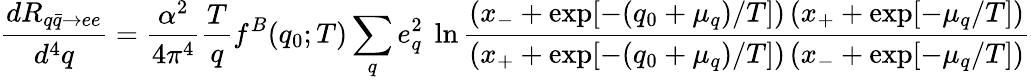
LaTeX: \frac{dR_{q\bar{q}\to ee}}{d^{4}q}=\frac{\alpha^{2}}{4\pi^{4}}\frac{T}{q}f^{B}(q_{0};T)\sum_{q}e_{q}^{2}\ \ln\frac{\left(x_{-}+\exp[-(q_{0}+\mu_{q})/T]\right)\left(x_{+}+\exp[-\mu_{q}/T]\right)}{\left(x_{+}+\exp[-(q_{0}+\mu_{q})/T]\right)\left(x_{-}+\exp[-\mu_{q}/T]\right)}